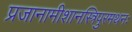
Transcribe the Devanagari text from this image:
प्रजानामीशानस्त्रिपुरमथनः